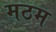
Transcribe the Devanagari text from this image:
मठम